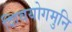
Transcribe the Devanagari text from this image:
शिवयोगमुनि